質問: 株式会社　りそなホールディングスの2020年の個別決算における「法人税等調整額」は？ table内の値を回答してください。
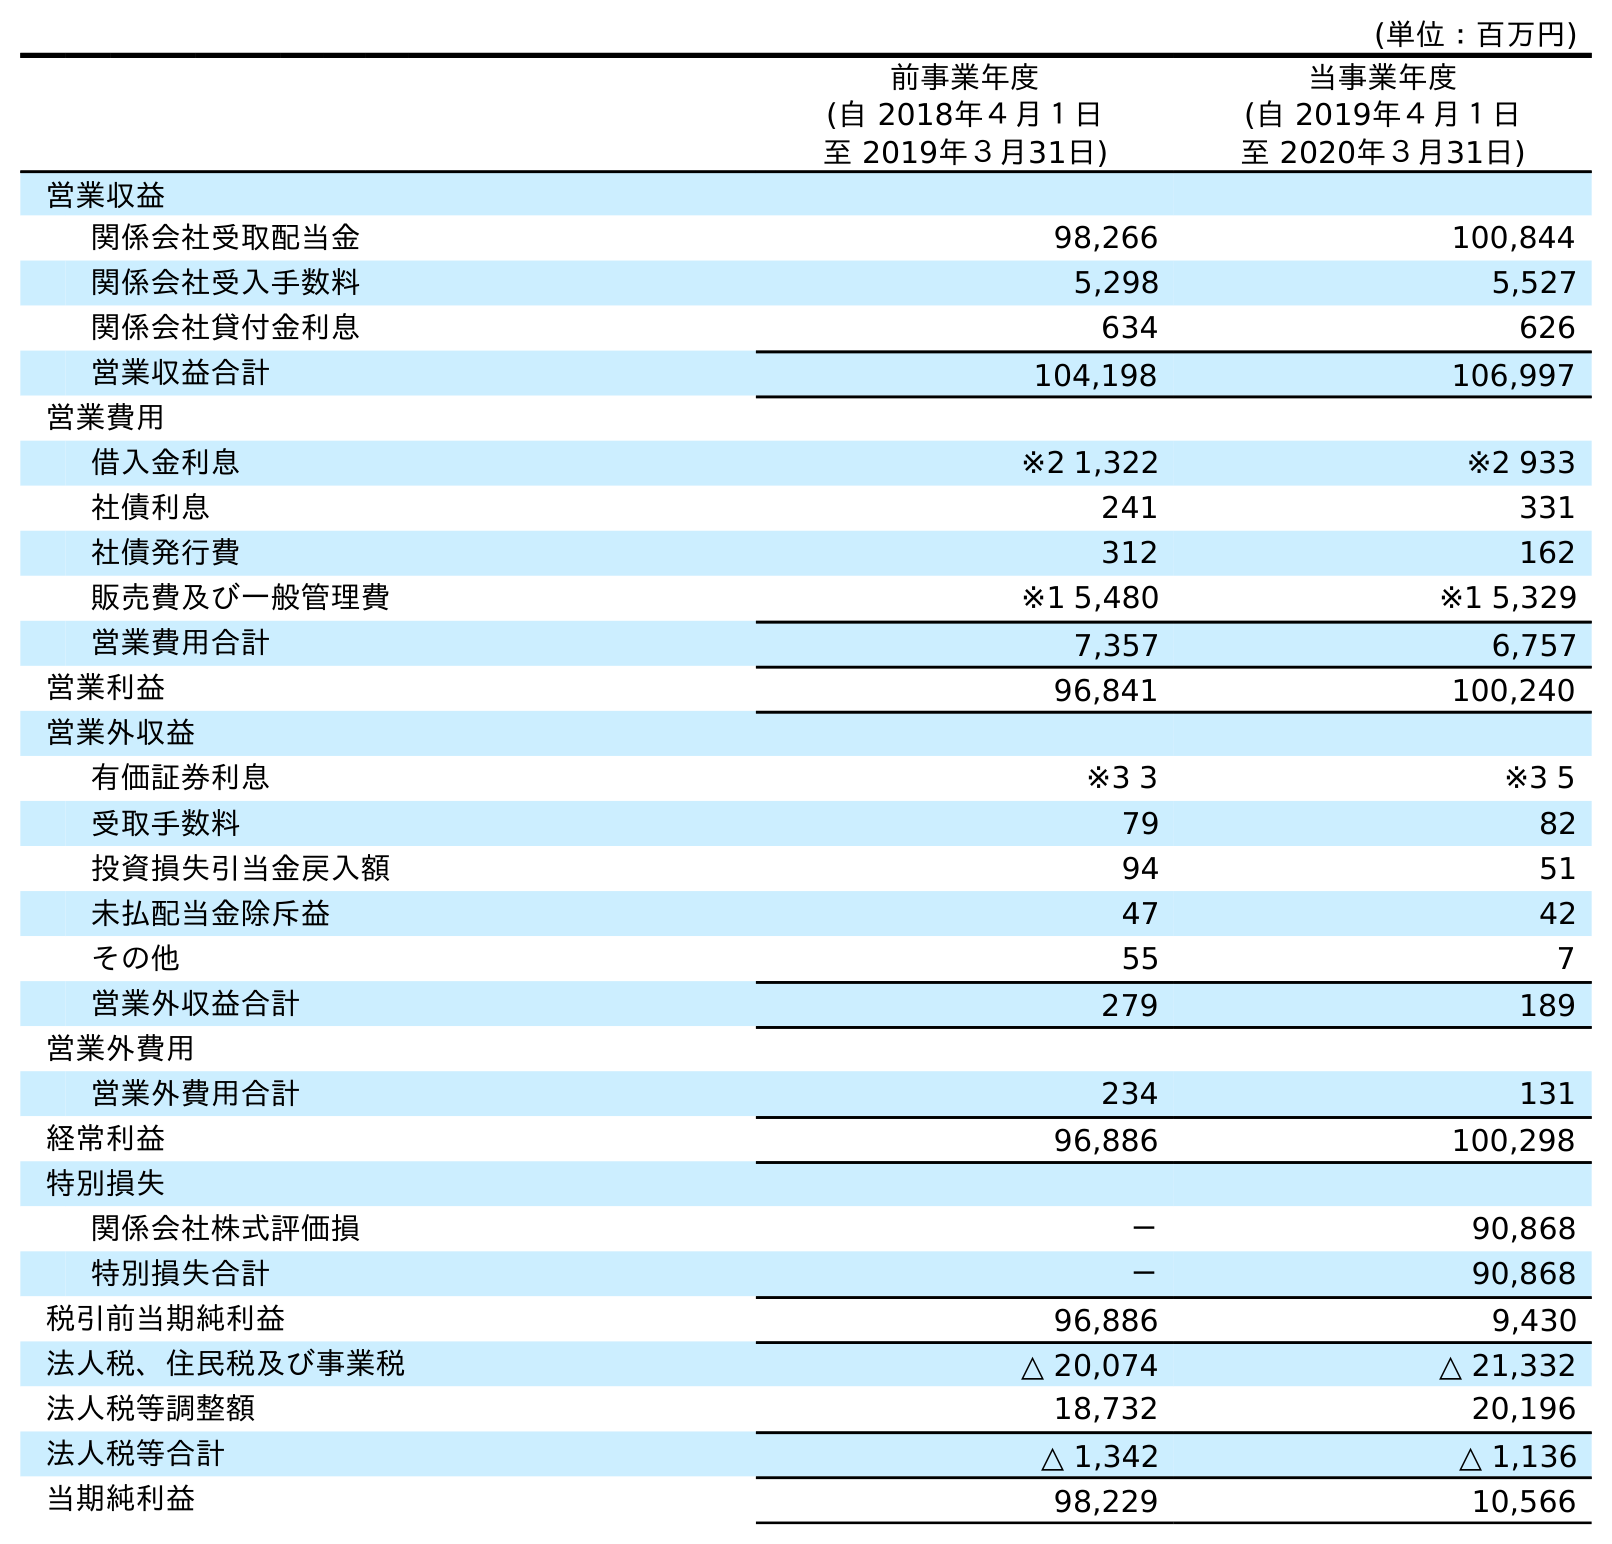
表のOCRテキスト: (単位：百万円) 前事業年度 (自 2018年４月１日 至 2019年３月31日) 当事業年度 (自 2019年４月１日 至 2020年３月31日) 営業収益 関係会社受取配当金 98,266 100,844 関係会社受入手数料 5,298 5,527 関係会社貸付金利息 634 626 営業収益合計 104,198 106,997 営業費用 借入金利息 ※2 1,322 ※2 933 社債利息 241 331 社債発行費 312 162 販売費及び一般管理費 ※1 5,480 ※1 5,329 営業費用合計 7,357 6,757 営業利益 96,841 100,240 営業外収益 有価証券利息 ※3 3 ※3 5 受取手数料 79 82 投資損失引当金戻入額 94 51 未払配当金除斥益 47 42 その他 55 7 営業外収益合計 279 189 営業外費用 営業外費用合計 234 131 経常利益 96,886 100,298 特別損失 関係会社株式評価損 － 90,868 特別損失合計 － 90,868 税引前当期純利益 96,886 9,430 法人税、住民税及び事業税 △ 20,074 △ 21,332 法人税等調整額 18,732 20,196 法人税等合計 △ 1,342 △ 1,136 当期純利益 98,229 10,566
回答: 20,196